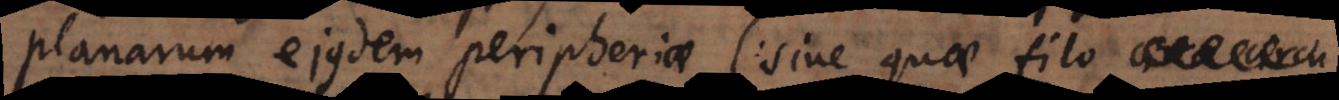
planarum ejusdem peripheriae (sive quae filo